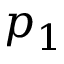
p _ { 1 }